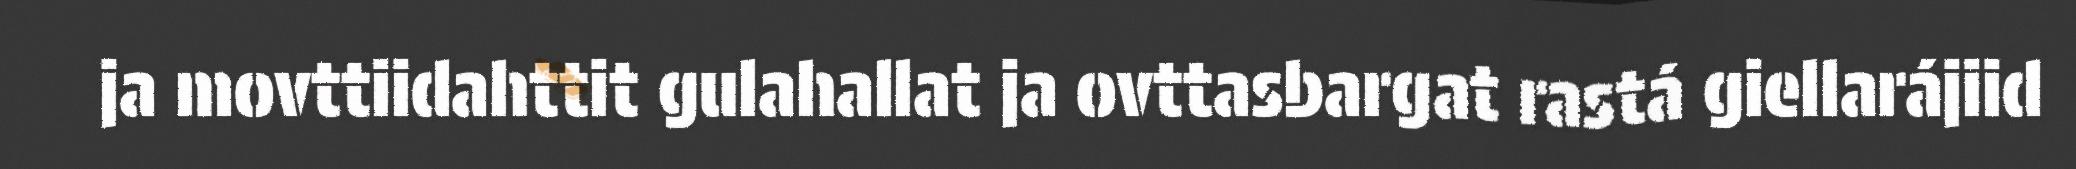
ja movttiidahttit gulahallat ja ovttasbargat rastá giellarájiid